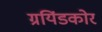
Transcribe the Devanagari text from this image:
ग्रयिंडकोर